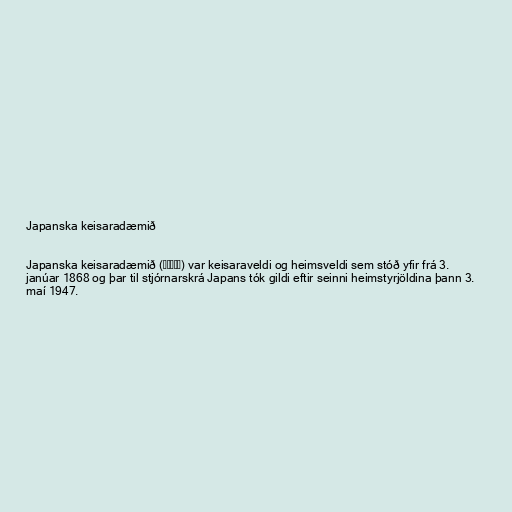
Japanska keisaradæmið

Japanska keisaradæmið (大日本帝國) var keisaraveldi og heimsveldi sem stóð yfir frá 3.
janúar 1868 og þar til stjórnarskrá Japans tók gildi eftir seinni heimstyrjöldina þann 3.
maí 1947.